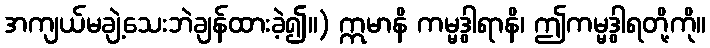
အကျယ်မချဲ့သေးဘဲချန်ထားခဲ့၍။) ဣမာနိ ကမ္မဒွါရာနိ၊ ဤကမ္မဒွါရတို့ကို။